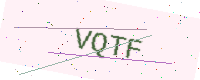
Text: VQTF